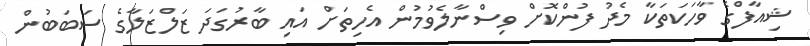
ޝިއާފްގެ ވާހަކަތަކާ މެދު ފުންކޮށް ވިސްނާލެވުމުން އެހިތަށް އައި ބާރުގަދަ ޒަލްޒަލާގެ ސަބަބުން